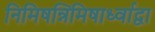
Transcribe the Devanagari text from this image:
निमिषन्निमिषार्ध्वाद्वा